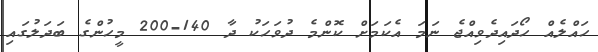
ހައްލެއް ހޯދައިދެވިއްޖެ ނަމަ އެކަމަށް ކޮންމެ ދުވަހަކު ދާ 140-200 މީހުންގެ ބަދަލުގައި